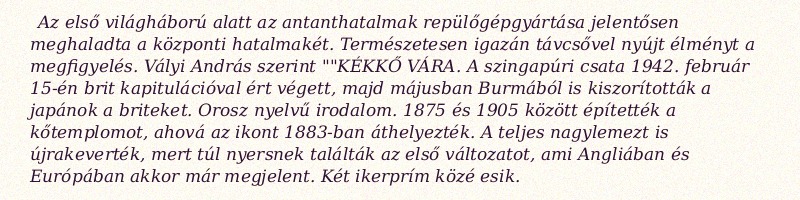
Az első világháború alatt az antanthatalmak repülőgépgyártása jelentősen meghaladta a központi hatalmakét. Természetesen igazán távcsővel nyújt élményt a megfigyelés. Vályi András szerint ""KÉKKŐ VÁRA. A szingapúri csata 1942. február 15-én brit kapitulációval ért végett, majd májusban Burmából is kiszorították a japánok a briteket. Orosz nyelvű irodalom. 1875 és 1905 között építették a kőtemplomot, ahová az ikont 1883-ban áthelyezték. A teljes nagylemezt is újrakeverték, mert túl nyersnek találták az első változatot, ami Angliában és Európában akkor már megjelent. Két ikerprím közé esik.